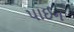
પાઈન